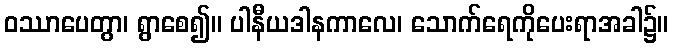
ဝဿာပေတွာ၊ ရွာစေ၍။ ပါနီယဒါနကာလေ၊ သောက်ရေကိုပေးရာအခါ၌။